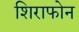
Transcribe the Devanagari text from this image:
शिराफोन